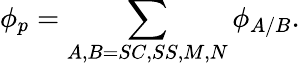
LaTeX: \phi_{p}=\sum_{A,B=SC,SS,M,N}\phi_{A/B}.